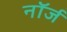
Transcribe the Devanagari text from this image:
नॉर्ज